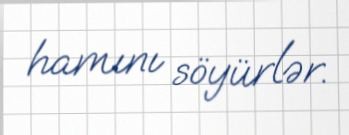
hamını söyürlər.